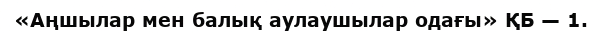
«Аңшылар мен балық аулаушылар одағы» ҚБ — 1.